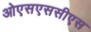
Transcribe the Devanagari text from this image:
ओएसएससीएस